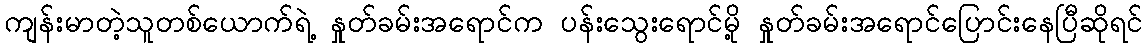
ကျန်းမာတဲ့သူတစ်ယောက်ရဲ့ နှုတ်ခမ်းအရောင်က ပန်းသွေးရောင်မို့ နှုတ်ခမ်းအရောင်ပြောင်းနေပြီဆိုရင်